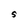
Character: S